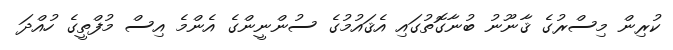
ކުރިން މިސްރުގެ ޤާނޫނު ބުނާގޮތުގައި އެޤައުމުގެ ސުންނީންގެ އެންމެ އިސް މުފްތީގެ ހުއްދަ